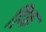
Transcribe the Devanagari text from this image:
हैिक